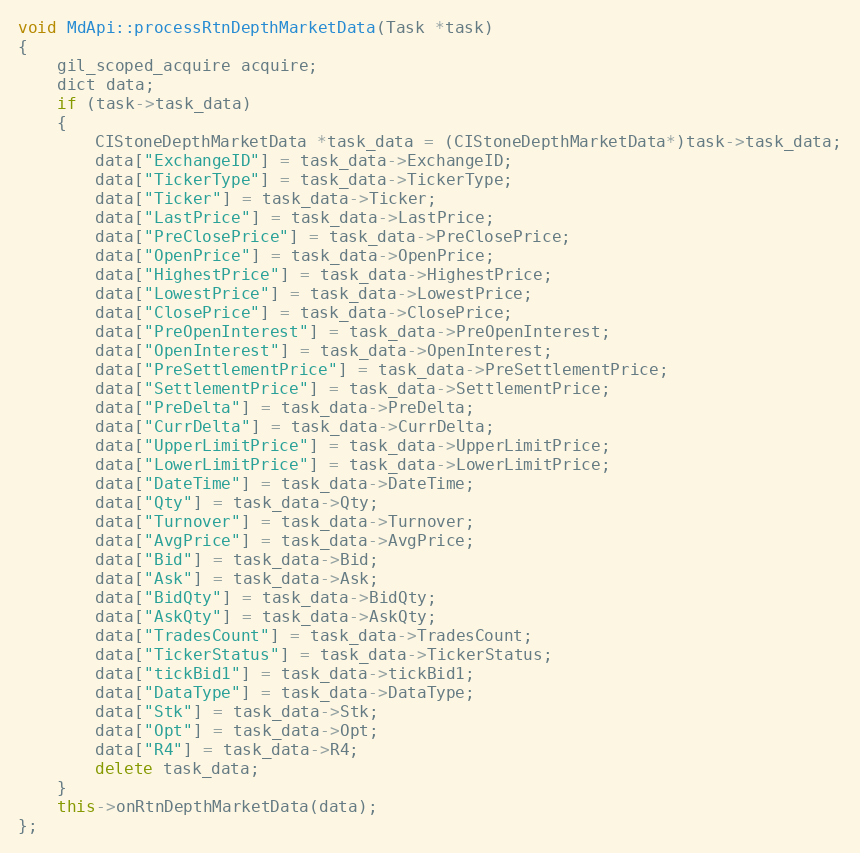
Language: C++
void MdApi::processRtnDepthMarketData(Task *task)
{
	gil_scoped_acquire acquire;
	dict data;
	if (task->task_data)
	{
		CIStoneDepthMarketData *task_data = (CIStoneDepthMarketData*)task->task_data;
		data["ExchangeID"] = task_data->ExchangeID;
		data["TickerType"] = task_data->TickerType;
		data["Ticker"] = task_data->Ticker;
		data["LastPrice"] = task_data->LastPrice;
		data["PreClosePrice"] = task_data->PreClosePrice;
		data["OpenPrice"] = task_data->OpenPrice;
		data["HighestPrice"] = task_data->HighestPrice;
		data["LowestPrice"] = task_data->LowestPrice;
		data["ClosePrice"] = task_data->ClosePrice;
		data["PreOpenInterest"] = task_data->PreOpenInterest;
		data["OpenInterest"] = task_data->OpenInterest;
		data["PreSettlementPrice"] = task_data->PreSettlementPrice;
		data["SettlementPrice"] = task_data->SettlementPrice;
		data["PreDelta"] = task_data->PreDelta;
		data["CurrDelta"] = task_data->CurrDelta;
		data["UpperLimitPrice"] = task_data->UpperLimitPrice;
		data["LowerLimitPrice"] = task_data->LowerLimitPrice;
		data["DateTime"] = task_data->DateTime;
		data["Qty"] = task_data->Qty;
		data["Turnover"] = task_data->Turnover;
		data["AvgPrice"] = task_data->AvgPrice;
		data["Bid"] = task_data->Bid;
		data["Ask"] = task_data->Ask;
		data["BidQty"] = task_data->BidQty;
		data["AskQty"] = task_data->AskQty;
		data["TradesCount"] = task_data->TradesCount;
		data["TickerStatus"] = task_data->TickerStatus;
		data["tickBid1"] = task_data->tickBid1;
		data["DataType"] = task_data->DataType;
		data["Stk"] = task_data->Stk;
		data["Opt"] = task_data->Opt;
		data["R4"] = task_data->R4;
		delete task_data;
	}
	this->onRtnDepthMarketData(data);
};